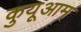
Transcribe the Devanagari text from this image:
कुयूआम